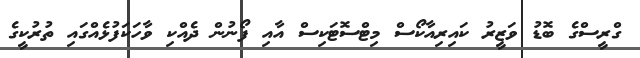
ގްރީސްގެ ބޮޑު ވަޒީރު ކައިރިއާކޯސް މިޓްސޮޓަކިސް އާއި ފޯނުން ދެއްކި ވާހަކަފުޅެއްގައި ތުރުކީގެ